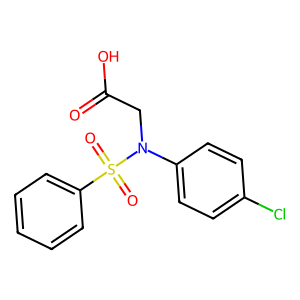
SMILES: O=C(O)CN(c1ccc(Cl)cc1)S(=O)(=O)c1ccccc1
Inhibits HIV replication: No